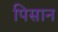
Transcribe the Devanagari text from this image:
पिसान